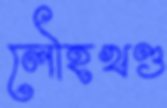
লৌহখণ্ড